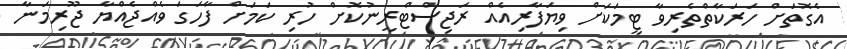
އެގޮތަށް ހަރަކާތްތެރިވާ ޓީމަކަށް ވިޔަފާރިއެއް ރަޖިސްޓްރީނުކޮށް ހުރި ކަމަށް ފާހަގަ ވެއްޖެއްޔާ ޖޫރިމަނާ